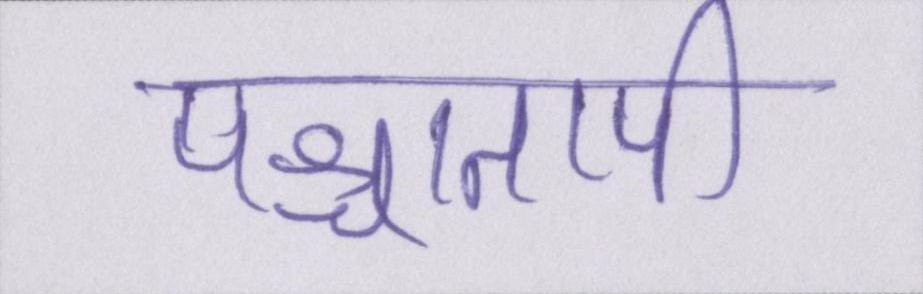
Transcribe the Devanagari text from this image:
पश्चातापी